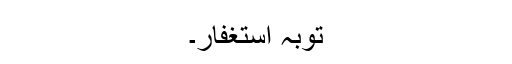
توبہ استغفار۔